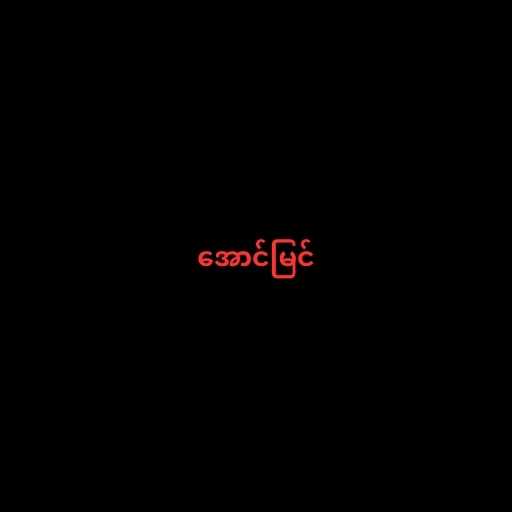
အောင်မြင်